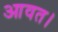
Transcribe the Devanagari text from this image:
आवत।